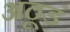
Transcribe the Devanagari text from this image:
अठूडं